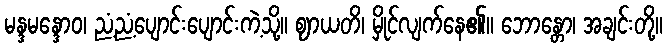
မန္ဒမန္ဒောဝ၊ ညံ့ညံ့ပျောင်းပျောင်းကဲ့သို့။ ဈာယတိ၊ မှိုင်လျက်နေ၏။ ဘောန္တော၊ အချင်းတို့။